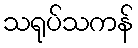
သရုပ်သကန်